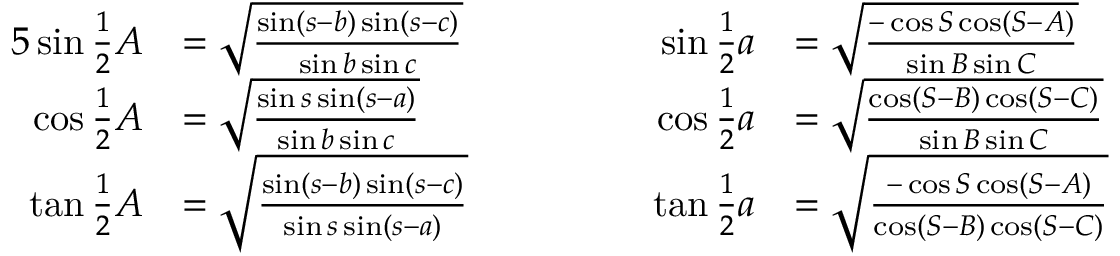
{ \begin{array} { r l r l } { { 5 } \sin { \frac { 1 } { 2 } } A } & { = { \sqrt { \frac { \sin ( s - b ) \sin ( s - c ) } { \sin b \sin c } } } } & { \qquad \qquad \sin { \frac { 1 } { 2 } } a } & { = { \sqrt { \frac { - \cos S \cos ( S - A ) } { \sin B \sin C } } } } \\ { \cos { \frac { 1 } { 2 } } A } & { = { \sqrt { \frac { \sin s \sin ( s - a ) } { \sin b \sin c } } } } & { \cos { \frac { 1 } { 2 } } a } & { = { \sqrt { \frac { \cos ( S - B ) \cos ( S - C ) } { \sin B \sin C } } } } \\ { \tan { \frac { 1 } { 2 } } A } & { = { \sqrt { \frac { \sin ( s - b ) \sin ( s - c ) } { \sin s \sin ( s - a ) } } } } & { \tan { \frac { 1 } { 2 } } a } & { = { \sqrt { \frac { - \cos S \cos ( S - A ) } { \cos ( S - B ) \cos ( S - C ) } } } } \end{array} }